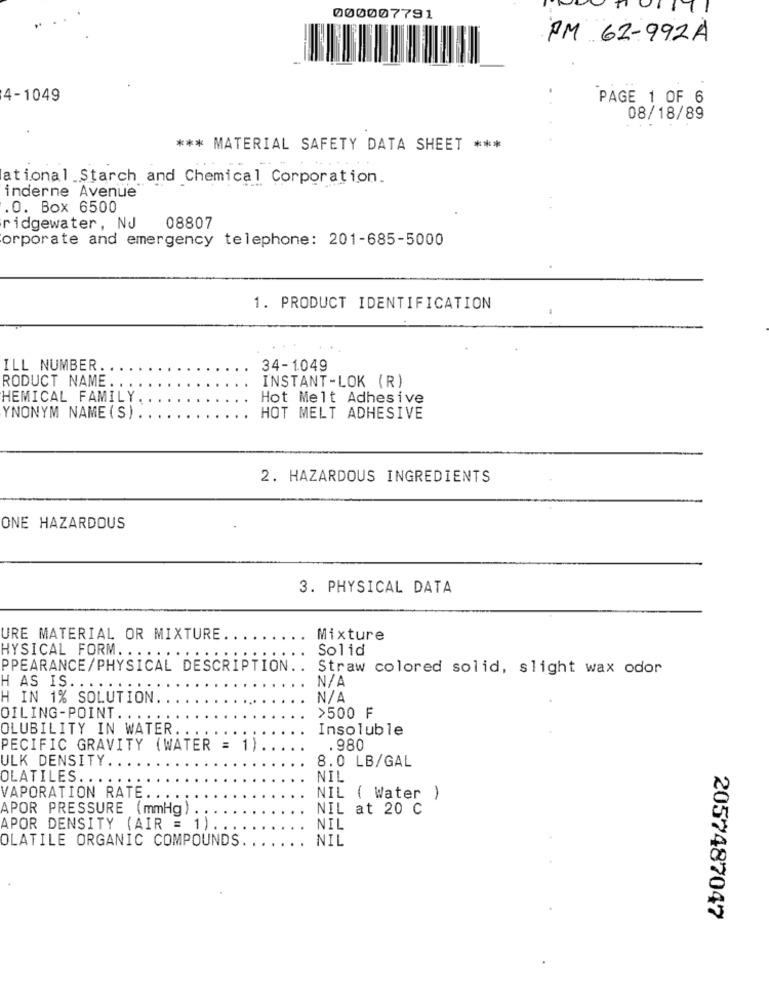
000007791
PM 62-992A
4-1049
PAGE 1 OF 6
08/18/89
*** MATERIAL SAFETY DATA SHEET ***
ational Starch and Chemical Corporation.
inderne Avenue
.O. Box 6500
ridgewater, NJ
08807
orporate and emergency telephone: 201-685-5000
1. PRODUCT IDENTIFICATION
ILL NUMBER.
34-1049
RODUCT NAME
INSTANT-LOK (R)
HEMICAL FAMILY
Hot Melt Adhesive
YNONYM NAME ( S)
HOT MELT ADHESIVE
2. HAZARDOUS INGREDIENTS
ONE HAZARDOUS
3. PHYSICAL DATA
URE MATERIAL OR MIXTURE.
Mixture
Solid
HYSICAL FORM. .....
PPEARANCE/PHYSICAL DESCRIPTION ..
Straw colored solid, slight wax odor
H AS IS. . ...
H IN 1% SOLUTION
N / A
OILING-POINT ....
>500 F
OLUBILITY IN WATER ...
Insoluble
PECIFIC GRAVITY (WATER = 1).
.980
ULK DENSITY ..
8.0 LB/GAL
OLATILES. ..
NIL
VAPORATION RATE ...
NIL ( Water )
APOR PRESSURE (mmHg)
NIL at 20 C
APOR DENSITY (AIR = 1)
NIL
OLATILE ORGANIC COMPOUNDS
NIL
2057487047